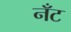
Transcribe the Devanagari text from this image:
नँँट